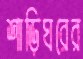
শাড়িঘরের